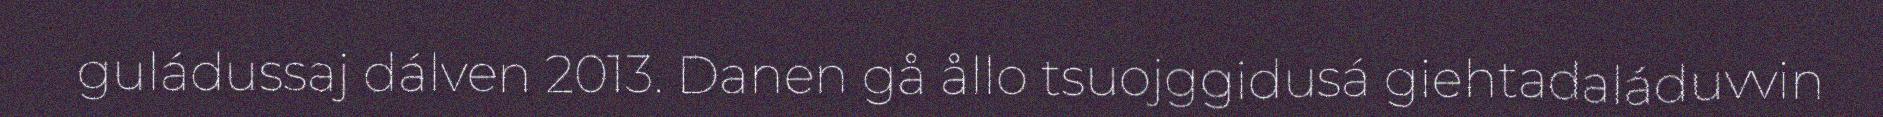
guládussaj dálven 2013. Danen gå ållo tsuojggidusá giehtadaláduvvin